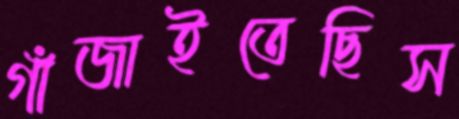
গাঁজাইতেছিস